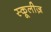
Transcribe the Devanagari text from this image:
स्कूलीज़